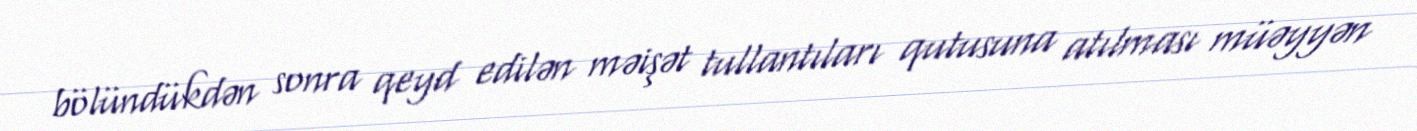
bölündükdən sonra qeyd edilən məişət tullantıları qutusuna atılması müəyyən